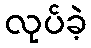
လုပ်ခဲ့